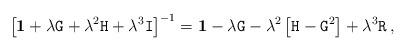
LaTeX: \begin{align*}\left[\mathbf{1}+\lambda\mathtt{G}+\lambda^2\mathtt{H}+\lambda^3\mathtt{I}\right]^{-1}=\mathbf{1}-\lambda\mathtt{G}-\lambda^2\left[\mathtt{H}-\mathtt{G}^2\right]+\lambda^3\mathtt{R}\,,\end{align*}